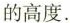
的高度.